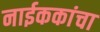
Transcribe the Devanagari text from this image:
नाईककांचा